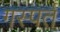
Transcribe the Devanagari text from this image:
गस्पर्त